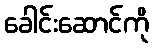
ခေါင်းဆောင်ကို